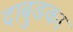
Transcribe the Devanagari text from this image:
दाबुडका